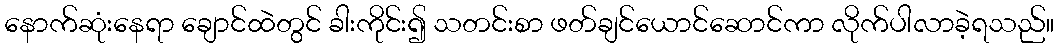
နောက်ဆုံးနေရာ ချောင်ထဲတွင် ခါးကိုင်း၍ သတင်းစာ ဖတ်ချင်ယောင်ဆောင်ကာ လိုက်ပါလာခဲ့ရသည်။